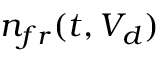
n _ { f r } ( t , V _ { d } )